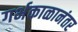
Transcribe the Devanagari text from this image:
गर्भकाळानंतर